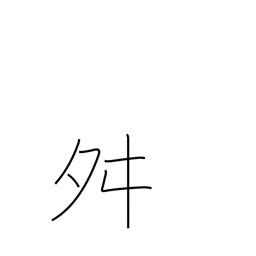
Meaning: dancing radical (no. 136)